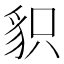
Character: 𧲻